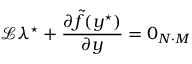
\mathcal { L } \lambda ^ { \star } + \frac { \partial \tilde { f } ( y ^ { \star } ) } { \partial y } = 0 _ { N \cdot M }